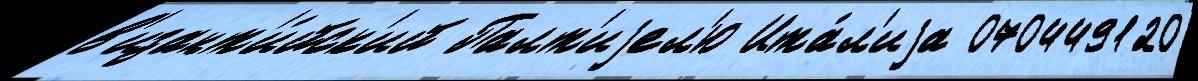
в'изант'и́йск'ий Палт'иjел'ю Ита́л'иjа 070449120